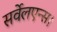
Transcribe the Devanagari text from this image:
सर्वेलएन्स।